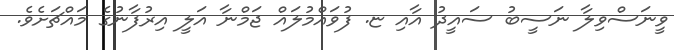
ވީނަސްވިލާ ނަސީބު ސައީދު އާއި ޏ. ފުވައްމުލައް ޖަމްނާ އަލީ އިރުފާނުގެ މައްޗަށެވެ.